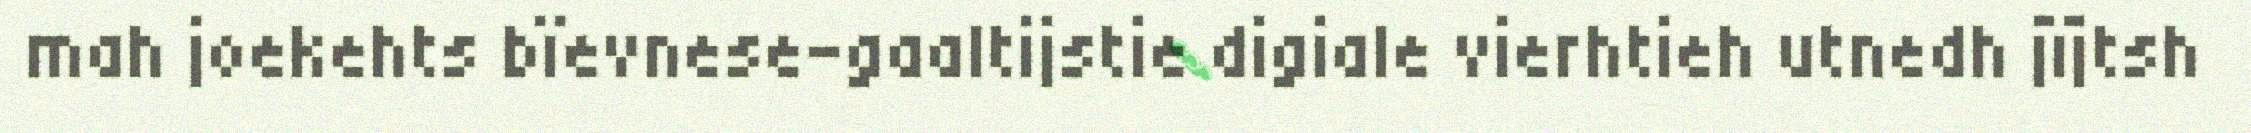
mah joekehts bïevnese-gaaltijstie digiale vierhtieh utnedh jïjtsh